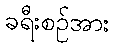
ခရီးစဉ်အား